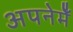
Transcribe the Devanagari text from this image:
अपनेमेँ